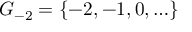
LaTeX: G _ { - 2 } = \{ - 2 , - 1 , 0 , \ldots \}